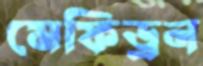
মেফিড্রন